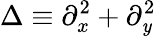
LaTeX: \Delta\equiv\partial_{x}^{2}+\partial_{\mathit{y}}^{2}